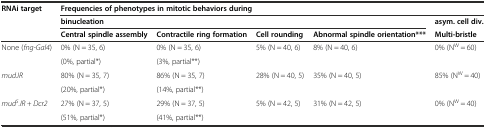
| <ROWSPAN=3> RNAi target | <COLSPAN=5> Frequencies of phenotypes in mitotic behaviors during |
 | <COLSPAN=4> binucleation | asym. cell div. |
 | Central spindle assembly | Contractile ring formation | Cell rounding | Abnormal spindle orientation*** | Multi-bristle |
 | --- | --- | --- | --- | --- | --- |
 | <ROWSPAN=2> None (fng-Gal4) | 0% (N = 35, 6) | 0% (N = 35, 6) | <ROWSPAN=2> 5% (N = 40, 6) | <ROWSPAN=2> 8% (N = 40, 6) | <ROWSPAN=2> 0% (NW = 60) |
 | (0%, partial*) | (3%, partial**) |
 | <ROWSPAN=2> mud.IR | 80% (N = 35, 7) | 86% (N = 35, 7) | <ROWSPAN=2> 28% (N = 40, 5) | <ROWSPAN=2> 35% (N = 40, 5) | <ROWSPAN=2> 85% (NW = 40) |
 | (20%, partial*) | (14%, partial**) |
 | <ROWSPAN=2> mudS.IR + Dcr2 | 27% (N = 37, 5) | 29% (N = 37, 5) | <ROWSPAN=2> 5% (N = 42, 5) | <ROWSPAN=2> 31% (N = 42, 5) | <ROWSPAN=2> 0% (NW = 40) |
 | (51%, partial*) | (41%, partial**) |